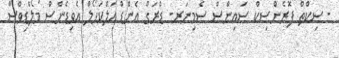
- ސިކްތް ފޮރެންސިކް ސައިންސް ސެމިނަރ- ޑްރަގް އެންޑް އަލްކަހޯލް އެވިޑެންސް މޯލްޑިވްސް